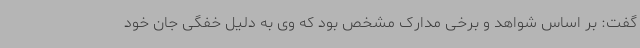
گفت: بر اساس شواهد و برخی مدارک مشخص بود که وی به دلیل خفگی جان خود